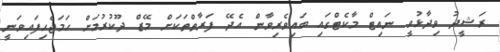
ރަޝީދު ވިދާޅުވީ ނައިޓް މާކެޓްގައި ބައިވެރިވާން އެދޭ ފަރާތްތަކަށް މޭޒް ދޫކުރުމަށް ހަމަޖެހިފައިވަނީ